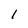
Character: 1